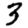
Digit: 3